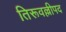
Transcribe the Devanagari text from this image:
तिरूवल्लीपद